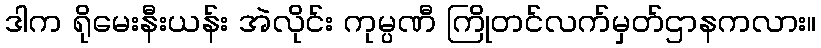
ဒါက ရိုမေးနီးယန်း အဲလိုင်း ကုမ္ပဏီ ကြိုတင်လက်မှတ်ဌာနကလား။